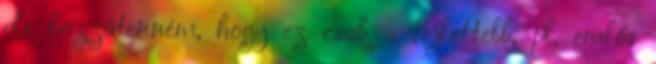
de hozzátenném, hogy ez csak a fejlettebb, pl. emlős